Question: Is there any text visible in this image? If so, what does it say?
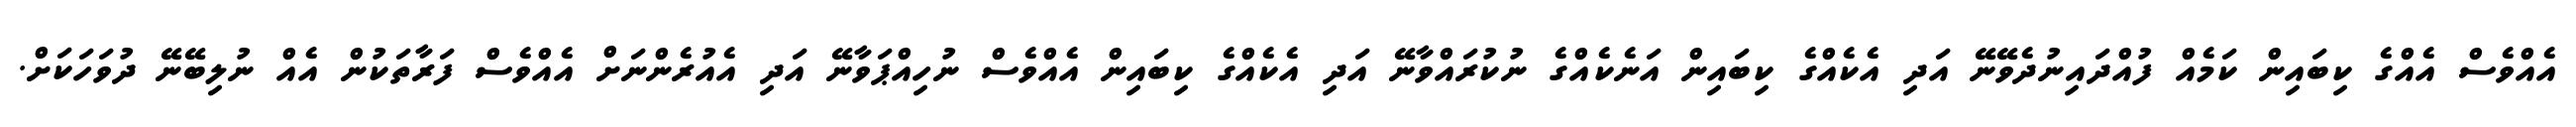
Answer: އެއްވެސް އެއްގެ ކިބައިން ކަމެއް ފުއްދައިނުދެވޭނޭ އަދި އެކެއްގެ ކިބައިން އަނެކެއްގެ ނުކުރައްވާނޭ އަދި އެކެއްގެ ކިބައިން އެއްވެސް ނުހިއްޕަވާނޭ އަދި އެއުރެންނަށް އެއްވެސް ފަރާތަކުން އެއް ނުލިބޭނޭ ދުވަހަކަށް.